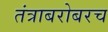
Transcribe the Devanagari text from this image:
तंत्राबरोबरच